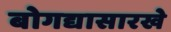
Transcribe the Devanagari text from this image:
बोगद्यासारखे